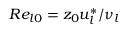
R e _ { l 0 } = z _ { 0 } u _ { l } ^ { * } / \nu _ { l }